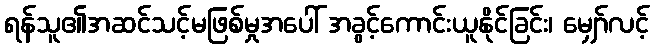
ရန်သူ၏အဆင်သင့်မဖြစ်မှုအပေါ် အခွင့်ကောင်းယူနိုင်ခြင်း၊ မျှော်လင့်